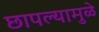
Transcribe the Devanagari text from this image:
छापल्यामुळे